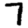
Digit: 7